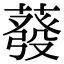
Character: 蕟